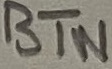
Text: BTN